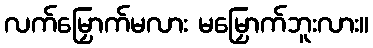
လက်မြှောက်မလား မမြှောက်ဘူးလား။